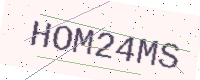
Text: HOM24MS